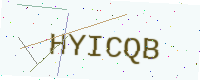
Text: HYICQB